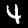
Digit: 4